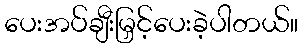
ပေးအပ်ချီးမြှင့်ပေးခဲ့ပါတယ်။